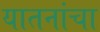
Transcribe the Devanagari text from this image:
यातनांचा